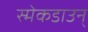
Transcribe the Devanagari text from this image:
स्मेकडाउन्